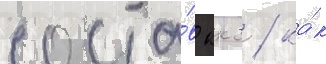
соста́в ккс / ка́к